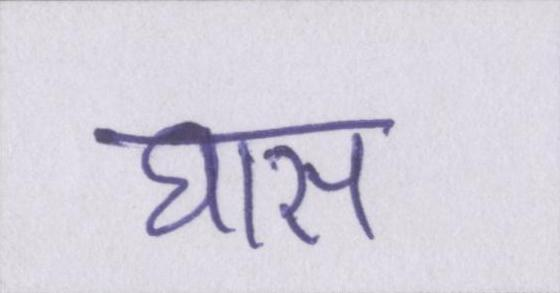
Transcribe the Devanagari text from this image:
घास